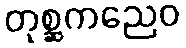
တုစ္ဆကညေဝ